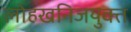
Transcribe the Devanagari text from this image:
लोहखनिजयुक्त